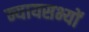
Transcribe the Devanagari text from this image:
न्यायसभ्यों